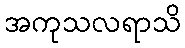
အကုသလရာသိ